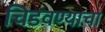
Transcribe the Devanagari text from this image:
चिडवण्याचा